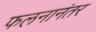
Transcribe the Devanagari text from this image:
फलनानंतर